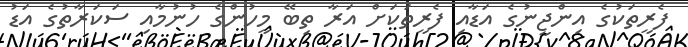
ފެރީތަކުގެ އިންޖީނުގެ އަޑާއި ފެރީތަކަށް އަރާ ތިބޭ މީހުންގެ ހުނުމާއި ސަކަރާތުގެ އަޑު